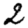
Digit: 2